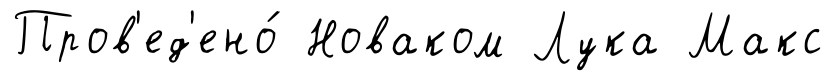
Пров'ед'ено́ Новаком Лука Макс